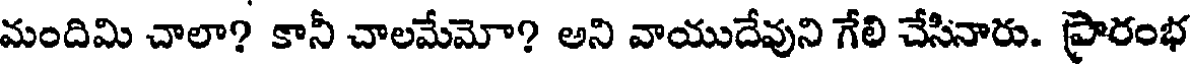
మందిమి చాలా? కానీ చాలమేమో? అని వాయుదేవుని గేలి చేసినారు. ప్రారంభ